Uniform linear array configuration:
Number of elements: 8
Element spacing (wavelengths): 1
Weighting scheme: blackman
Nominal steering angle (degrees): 30
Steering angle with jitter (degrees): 31.742
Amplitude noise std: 0.05
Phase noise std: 0.05

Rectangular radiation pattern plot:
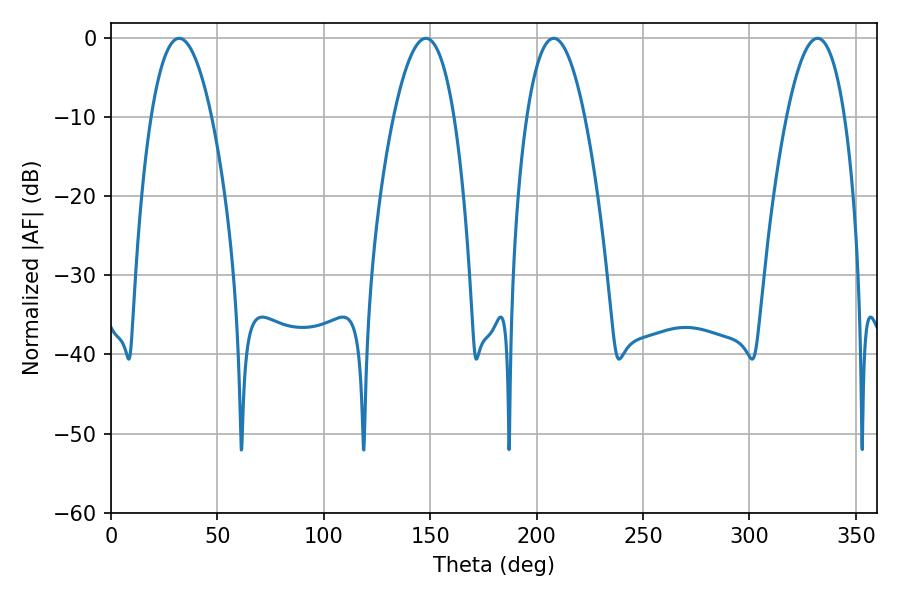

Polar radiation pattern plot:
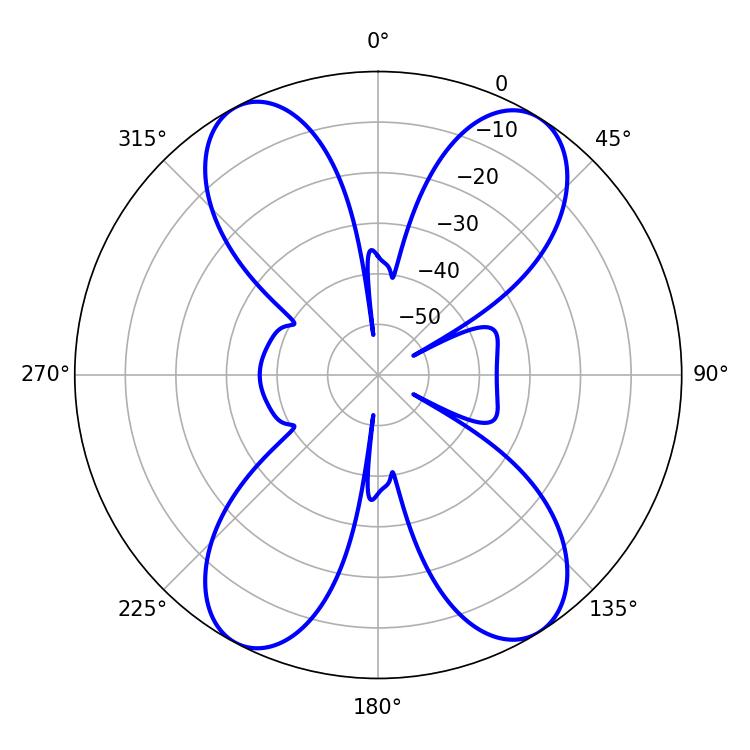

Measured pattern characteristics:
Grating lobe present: TRUE
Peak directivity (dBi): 16.317
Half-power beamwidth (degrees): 15.66
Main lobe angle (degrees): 32.04